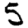
Digit: 5